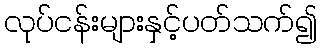
လုပ်ငန်းများနှင့်ပတ်သက်၍